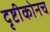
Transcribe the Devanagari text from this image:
दृष्टीकोनच